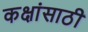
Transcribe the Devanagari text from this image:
कक्षांसाठी